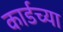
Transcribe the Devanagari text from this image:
कार्डच्या